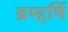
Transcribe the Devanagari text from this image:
ब्रम्हर्षि